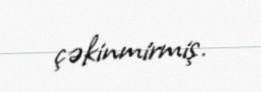
çəkinmirmiş.